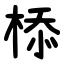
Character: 㮇